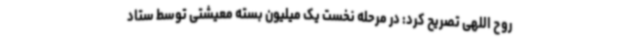
روح اللهی تصریح کرد: در مرحله نخست یک میلیون بسته معیشتی توسط ستاد